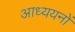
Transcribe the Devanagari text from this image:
आध्ययनों